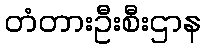
တံတားဦးစီးဌာန